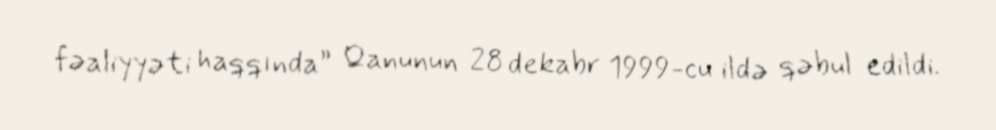
fəaliyyəti haqqında” Qanunun 28 dekabr 1999-cu ildə qəbul edildi.